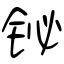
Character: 铋